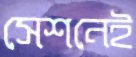
সেশনেই